Lunatic asylums Central Provinces reports 1874-1885 - 1874-1885
Year: 1874
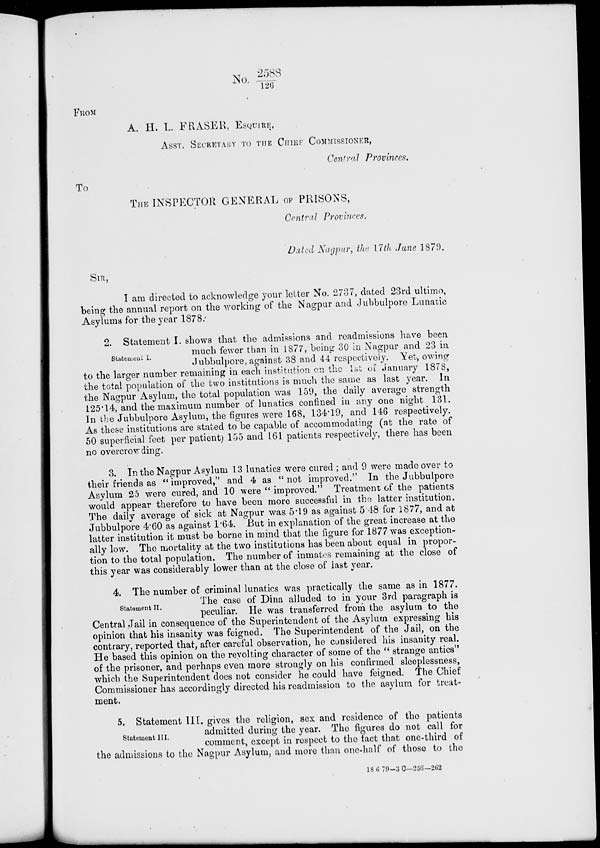
No. 2588/126
FROM
A. H. L. ERASER, ESQUIRE.
ASST. SECRETARY TO THE CHIEF COMMISSIONER,
Central Provinces.
To
THE INSPECTOR GENERAL OF PRISONS,
Central Provinces.
Dated Nagpur, the 17th June 1879.
SIR,
I am directed to acknowledge your letter No. 2737, dated 23rd ultimo,
being the annual report on the working of the Nagpur and Jubbulpore Lunatic
Asylums for the year 1878.
Statement I.
2. Statement I. shows that the admissions and readmissions have been
much fewer than in 1877, being 30 in Nagpur and 23 in
Jubbulpore,against 38 and 44 respectively. Yet, owing
to the larger number remaining in each institution on the 1st of January 1878,
the total population of the two institutions is much the same as last year. In
the Nagpur Asylum, the total population was 159, the daily average strength
125.14, and the maximum number of lunatics confined in any one night 131.
In the Jubbulpore Asylum, the figures were 168, 134.19, and 146 respectively.
As these institutions are stated to be capable of accommodating (at the rate of
50 superficial feet per patient) 155 and 161 patients respectively, there has been
no overcrowding.
3. In the Nagpur Asylum 13 lunatics were cured ; and 9 were made over to
their friends as "improved," and 4 as "not improved." In the Jubbulpore
Asylum 25 were cured, and 10 were "improved." Treatment of the patients
would appear therefore to have been more successful in the latter institution.
The daily average of sick at Nagpur was 5.19 as against 5.48 for 1877, and at
Jubbulpore 4.60 as against 1.64. But in explanation of the great increase at the
latter institution it must be borne in mind that the figure for 1877 was exception-
ally low. The mortality at the two institutions has been about equal in propor-
tion to the total population. The number of inmates remaining at the close of
this year was considerably lower than at the close of last year.
Statement II.
4. The number of criminal lunatics was practically the same as in 1877.
The case of Dina alluded to in your 3rd paragraph is
peculiar. He was transferred from the asylum to the
Central Jail in consequence of the Superintendent of the Asylum expressing his
opinion that his insanity was feigned. The Superintendent of the Jail, on the
contrary, reported that, after careful observation, he considered his insanity real.
He based this opinion on the revolting character of some of the " strange antics"
of the prisoner, and perhaps even more strongly on his confirmed sleeplessness,
which the Superintendent does not consider he could have feigned. The Chief
Commissioner has accordingly directed his readmission to the asylum for treat-
ment.
Statement III.
5. Statement III. gives the religion, sex and residence of the patients
admitted during the year. The figures do not call for
comment, except in respect to the fact that one-third of
the admissions to the Nagpur Asylum, and more than one-half of those to the
186 79—3 C—256—262